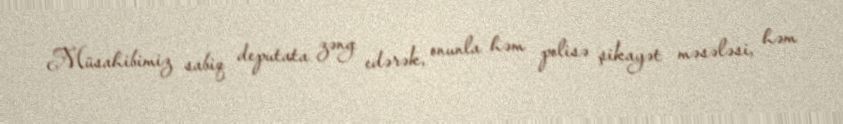
Müsahibimiz sabiq deputata zəng edərək, onunla həm polisə şikayət məsələsi, həm